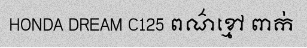
HONDA DREAM C125 ពណ៌ខ្មៅ ពាក់